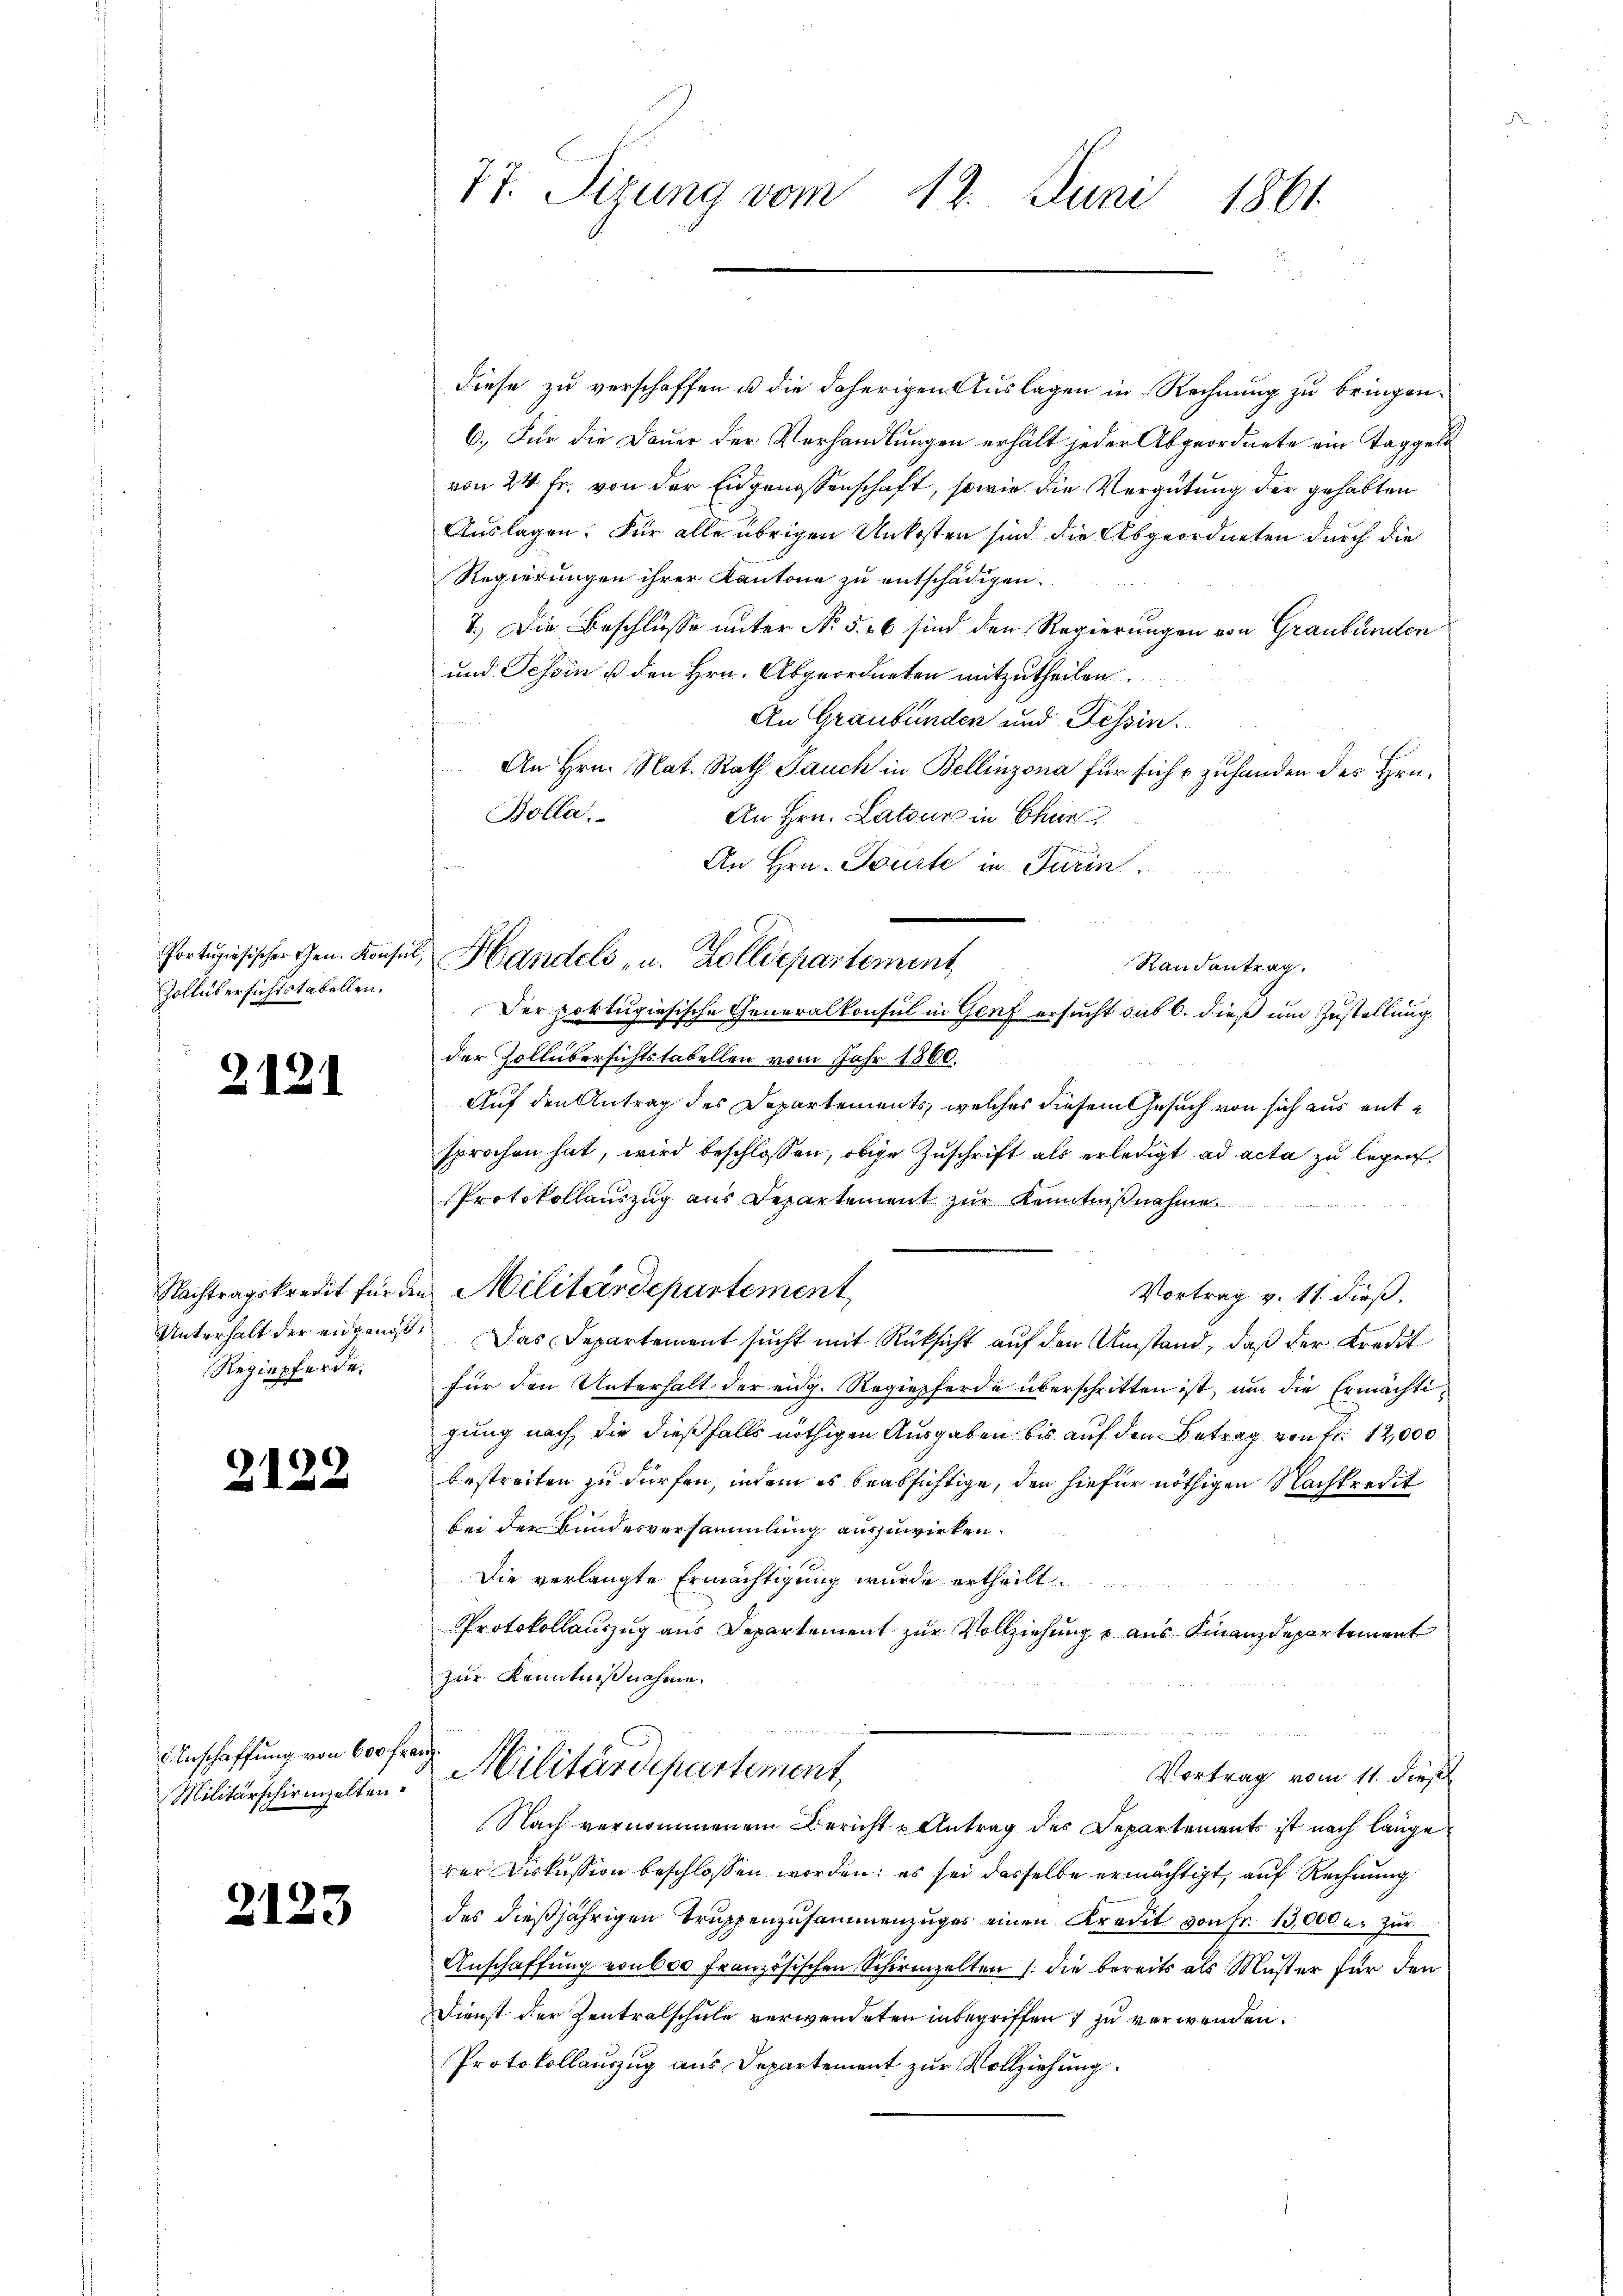
Portuhiesischer Gen. Konsin
Zollübersichtstabellen.

21.

Regiepferde.

c

d

1.

1.

.

2.

Militärschirmhalten.

3

77. Sizung vom 12. Juni 1861

diese zu verschaffen u die daherigen Auslagen in Rechnung zu bringen.
6.) Für die Dauer der Verhandlungen erhält jeder Abgeordnete ein Taggeld
von 24 fr. von der Eidgenossenschaft, sowie die Vergütung der gehabten
Auslagen. Für alle übrigen Unkosten sind die Abgeordneten durch die
Regierungen ihrer Kantone zu entschädigen.
7.) Die Beschlüsse unter No 5. 56 sind den Regierungen von Graubünden
und Tessin u den Hrn. Abgeordneten mitzutheilen.
An Graubünden und Tessin.
An Hrn. Nat. Rath Jauch in Bellinzona für sich & zuhanden des Hrn.
Bolla
An Hrn. Latour in Chur
An Hrn. Tourte in Turin
. Handels- u. Zolldepartement,
Randantrag.
Der portugiesische Generalkonsul in Genf ersucht sub b. dieß um Zustellung
der Zollübersichtstabellen vom Jahr 1860.
Auf den Antrag des Departements, welches diesem Gesuch von sich aus entsprochen hat, wird beschlossen, obige Zuschrift als erledigt ad acta zu legen
Protokollauszug aus Departement zur Kenntnißnahme.

Nachtragskredit für den Militärdepartement
Vortrag v. 11. dieß.
Unterhalt der eidgenoß. Das Departement sucht mit Rücksicht auf den Umstand, daß der Kredit
für den Unterhalt der eidg. Regiepferde überschritten ist, um die Ermächtigung nach die dießfalls nöthigen Ausgaben bis auf den Betrag von fr. 12,000
bestreiten zu dürfen, indem es beabsichtige, den hiefür nöthigen Nachkredit
bei der Bundesversammlung auszuwirken.
Die verlangte Ermächtigung wurde ertheilt.

Protokollauszug aus Departement zur Vollziehung & aus Finanzdepartement
zur Kenntnißnahme.
Anschaffung von 600 fr.  Militärdepartement,
Vortrag vom 11. dieß
Nach vernommenem Bericht u Antrag des Departements ist nach lange
rer Diskussion beschlossen worden; es sei dasselbe ermächtigt, auf Rechnung
des dießjährigen Truppenzusammenzuges einen Kredit von Fr. 13,000 u. zur
Anschaffung von 600 Französischen Schirmzelten /: die bereits als Muster für den
Dienst der Zentralschule verwendeten inbegriffen & zu verwenden.
Protokollauszug aus Departement zur Vollziehung